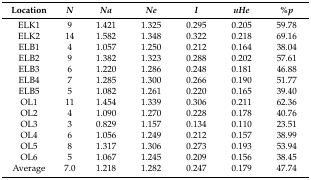
| Location | N | Na | Ne | I | uHe | %p |
 | --- | --- | --- | --- | --- | --- | --- |
 | ELK1 | 9 | 1.421 | 1.325 | 0.295 | 0.205 | 59.78 |
 | ELK2 | 14 | 1.582 | 1.348 | 0.322 | 0.218 | 69.16 |
 | ELB1 | 4 | 1.057 | 1.250 | 0.212 | 0.164 | 38.04 |
 | ELB2 | 9 | 1.382 | 1.323 | 0.288 | 0.202 | 57.61 |
 | ELB3 | 6 | 1.220 | 1.286 | 0.248 | 0.181 | 46.88 |
 | ELB4 | 7 | 1.285 | 1.300 | 0.266 | 0.190 | 51.77 |
 | ELB5 | 5 | 1.082 | 1.261 | 0.220 | 0.165 | 39.40 |
 | OL1 | 11 | 1.454 | 1.339 | 0.306 | 0.211 | 62.36 |
 | OL2 | 4 | 1.090 | 1.270 | 0.228 | 0.178 | 40.76 |
 | OL3 | 3 | 0.829 | 1.157 | 0.134 | 0.110 | 23.51 |
 | OL4 | 6 | 1.056 | 1.249 | 0.212 | 0.157 | 38.99 |
 | OL5 | 8 | 1.317 | 1.306 | 0.273 | 0.193 | 53.94 |
 | OL6 | 5 | 1.067 | 1.245 | 0.209 | 0.156 | 38.45 |
 | Average | 7.0 | 1.218 | 1.282 | 0.247 | 0.179 | 47.74 |